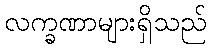
လက္ခဏာများရှိသည်